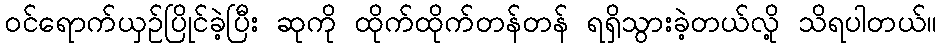
ဝင်ရောက်ယှဉ်ပြိုင်ခဲ့ပြီး ဆုကို ထိုက်ထိုက်တန်တန် ရရှိသွားခဲ့တယ်လို့ သိရပါတယ်။